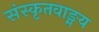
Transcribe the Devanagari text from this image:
संस्कृतवाङ्मय